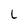
Character: L